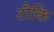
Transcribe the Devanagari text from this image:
टौकि